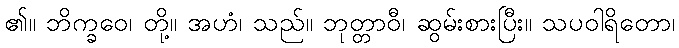
၏။ ဘိက္ခဝေ၊ တို့။ အဟံ၊ သည်။ ဘုတ္တာဝီ၊ ဆွမ်းစားပြီး။ သပဝါရိတော၊